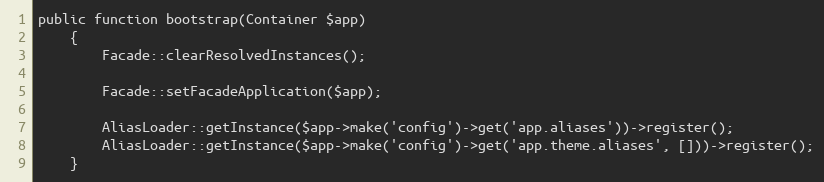
Language: PHP
public function bootstrap(Container $app)
    {
        Facade::clearResolvedInstances();

        Facade::setFacadeApplication($app);

        AliasLoader::getInstance($app->make('config')->get('app.aliases'))->register();
        AliasLoader::getInstance($app->make('config')->get('app.theme.aliases', []))->register();
    }